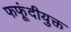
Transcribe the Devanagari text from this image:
फफूंदीयुक्त